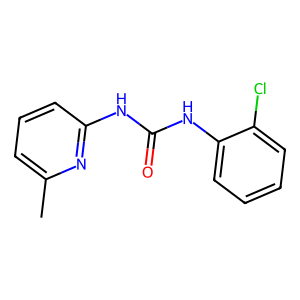
SMILES: Cc1cccc(NC(=O)Nc2ccccc2Cl)n1
Inhibits HIV replication: No